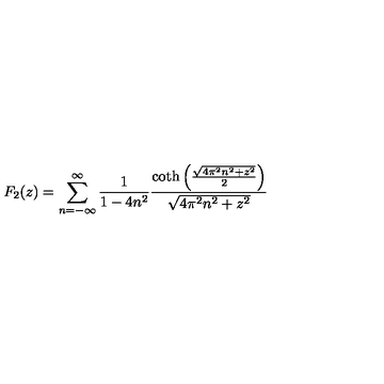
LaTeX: F _ { 2 } ( z ) = \sum _ { n = - \infty } ^ { \infty } \frac { 1 } { 1 - 4 n ^ { 2 } } \frac { \coth \left( \frac { \sqrt { 4 \pi ^ { 2 } n ^ { 2 } + z ^ { 2 } } } { 2 } \right) } { \sqrt { 4 \pi ^ { 2 } n ^ { 2 } + z ^ { 2 } } }